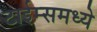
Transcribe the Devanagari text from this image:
टाईम्समध्ये